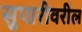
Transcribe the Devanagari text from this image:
सुपारीवरील